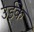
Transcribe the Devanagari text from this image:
उईके